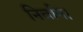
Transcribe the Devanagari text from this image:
निर्वान।